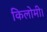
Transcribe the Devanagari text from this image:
किलोमी।